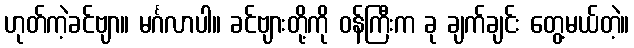
ဟုတ်ကဲ့ခင်ဗျာ။ မင်္ဂလာပါ။ ခင်ဗျားတို့ကို ဝန်ကြီးက ခု ချက်ချင်း တွေ့မယ်တဲ့။